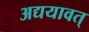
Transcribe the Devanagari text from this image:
अद्ययावत्